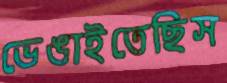
ভেঙাইতেছিস